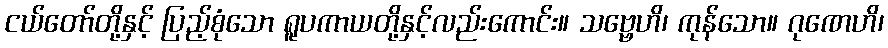
ငယ်တော်တို့နှင့် ပြည့်စုံသော ရူပကာယတို့နှင့်လည်းကောင်း။ သဗ္ဗေဟိ၊ ကုန်သော။ ဂုဏေဟိ၊